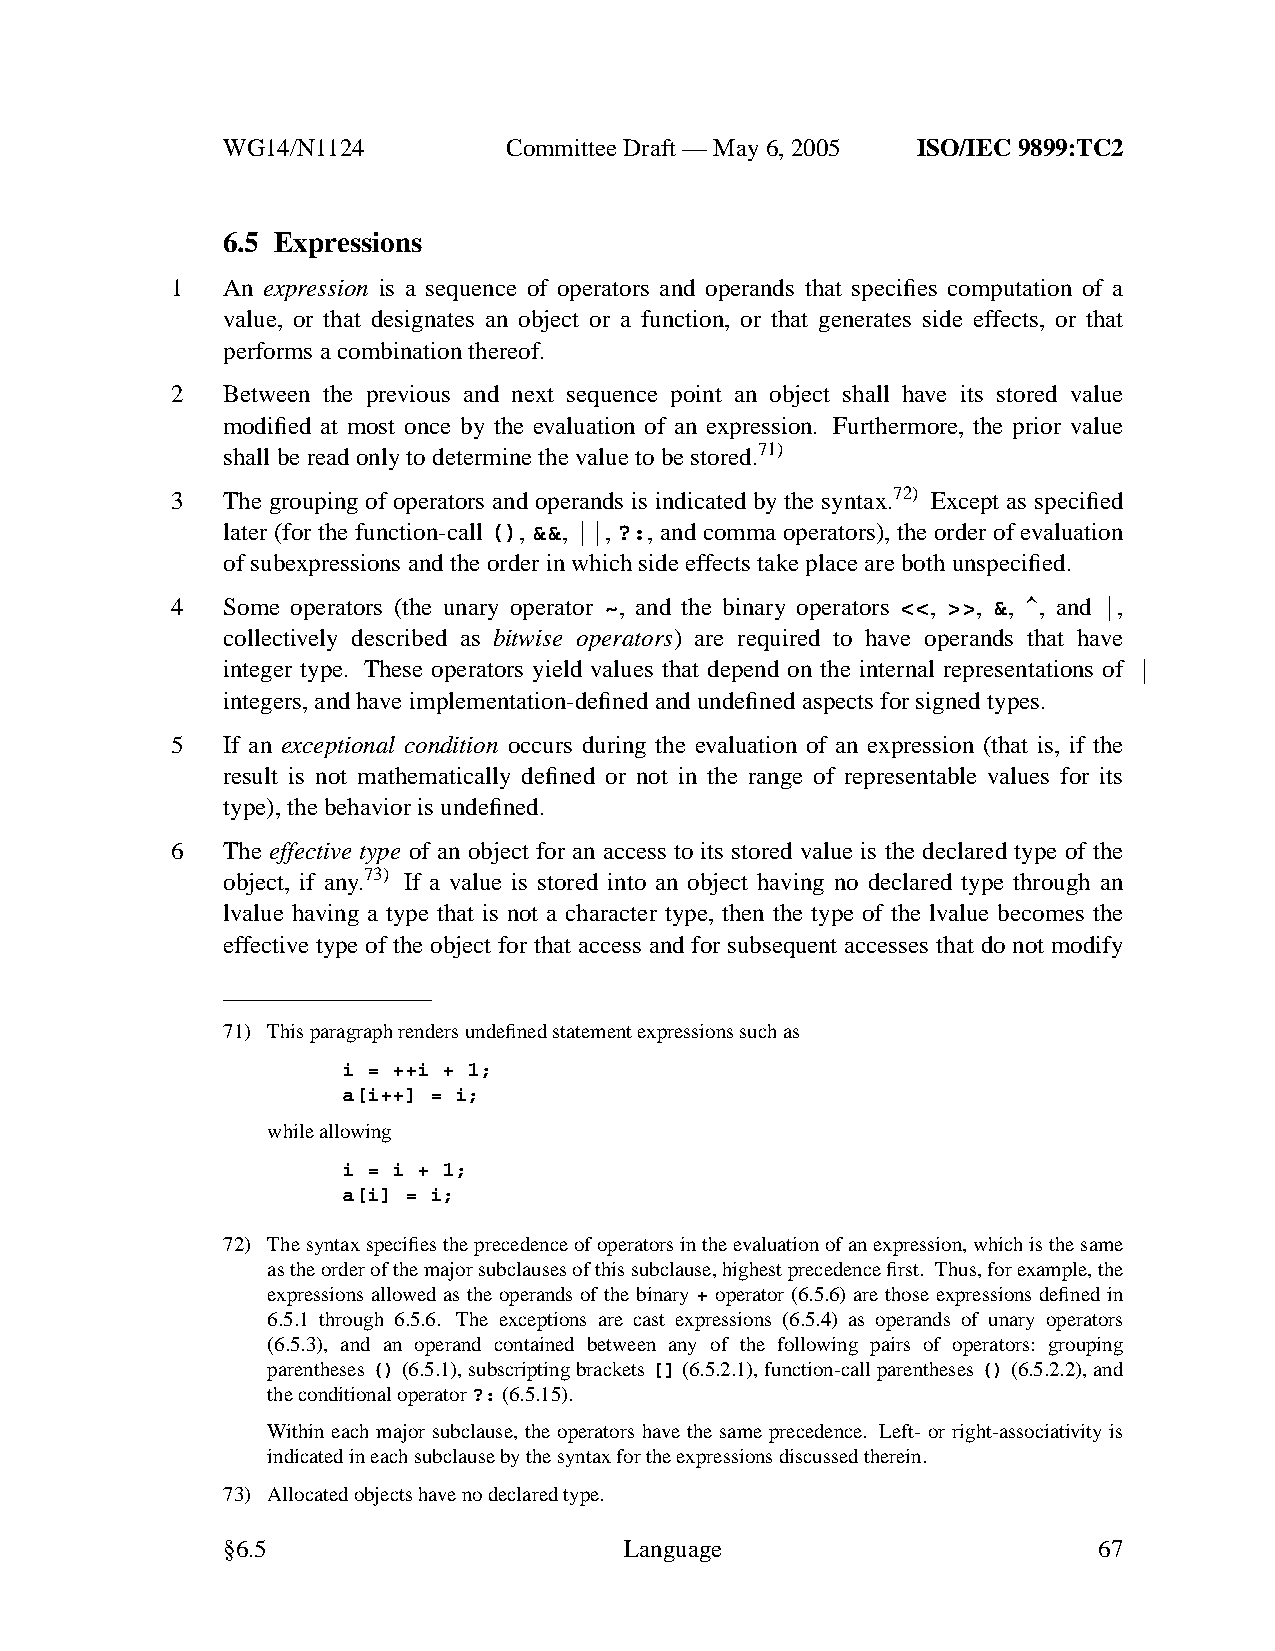
WG14/N1124        CommitteeDraft — May 6, 2005 ISO/IEC 9899:TC2
 6.5 Expressions
 1   An expression is a sequence of operators and operands that specifies computation of a
 value, or that designates an object or a function, or that generates side effects, or that
 performs a combination thereof.
 2   Between the previous and next sequence point an object shall have its stored value
 modified at most once by the evaluation of an expression. Furthermore, the prior value
 shall be read only to determine the value to be stored.71)
 3   The grouping of operators and operands is indicated by the syntax.72) Except as specified
 later (for the function-call (), &&, ||, ?:, and comma operators), the order of evaluation
 of subexpressions and the order in which side effects takeplace are both unspecified.
 4   Some operators (the unary operator ~, and the binary operators <<, >>, &, ^, and |,
 collectively described as bitwise operators) are required to have operands that have
 integer type. These operators yield values that depend on the internal representations of
 integers, and have implementation-defined and undefined aspects for signed types.
 5   If an exceptional condition occurs during the evaluation of an expression (that is, if the
 result is not mathematically defined or not in the range of representable values for its
 type), the behavior is undefined.
 6   The effective type of an object for an access to its stored value is the declared type of the
 object, if any.73) If a value is stored into an object having no declared type through an
 lvalue having a type that is not a character type, then the type of the lvalue becomes the
 effective type of the object for that access and for subsequent accesses that do not modify
 71) This paragraph renders undefined statement expressions such as
 i = ++i + 1;
 a[i++] = i;
 while allowing
 i = i + 1;
 a[i] = i;
 72) The syntax specifies the precedence of operators in the evaluation of an expression, which is the same
 as the order of the major subclauses of this subclause, highest precedence first. Thus, for example, the
 expressions allowed as the operands of the binary + operator (6.5.6) are those expressions defined in
 6.5.1 through 6.5.6. The exceptions are cast expressions (6.5.4) as operands of unary operators
 (6.5.3), and an operand contained between any of the following pairs of operators: grouping
 parentheses()(6.5.1), subscripting brackets[](6.5.2.1), function-call parentheses()(6.5.2.2), and
 the conditional operator?:(6.5.15).
 Within each major subclause, the operators have the same precedence. Left- or right-associativity is
 indicated in each subclause by the syntax for the expressions discussed therein.
 73) Allocated objects have nodeclared type.
 §6.5                      Language                        67